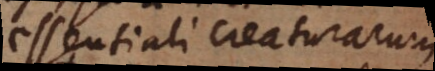
essentiali creaturarum